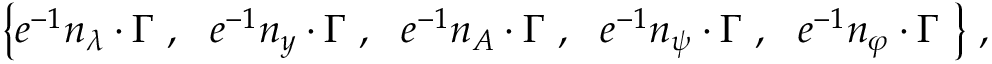
\begin{array} { l } { { \left\{ e ^ { - 1 } n _ { \lambda } \cdot \Gamma ~ , ~ ~ e ^ { - 1 } n _ { y } \cdot \Gamma ~ , ~ ~ e ^ { - 1 } n _ { A } \cdot \Gamma ~ , ~ ~ e ^ { - 1 } n _ { \psi } \cdot \Gamma ~ , ~ ~ e ^ { - 1 } n _ { \varphi } \cdot \Gamma ~ \right\} \, , } } \end{array}